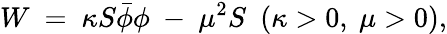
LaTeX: W\ =\ \kappa S\bar{\phi}\phi\ -\ \mu^{2}S\ \ (\kappa>0,\ \mu>0),